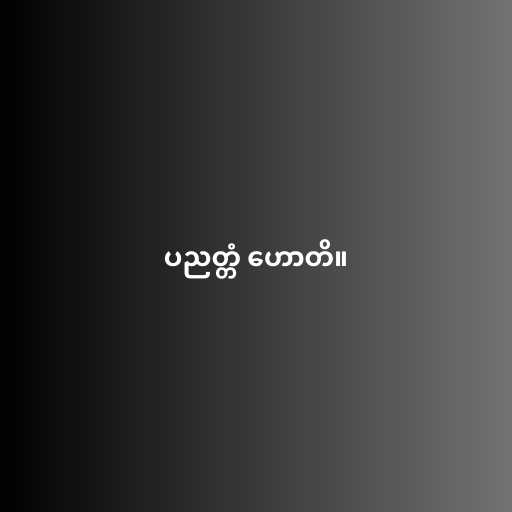
ပညတ္တံ ဟောတိ။